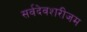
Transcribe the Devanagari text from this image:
सर्वदेवशरीजम